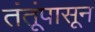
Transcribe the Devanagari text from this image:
तंतूंपासून